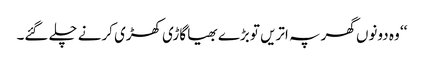
‘‘ وہ دونوں گھر پہ اتریں تو بڑے بھیا گاڑی کھڑی کرنے چلے گئے۔